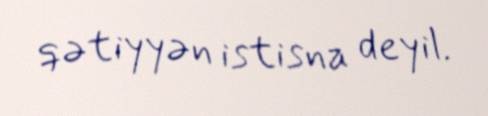
qətiyyən istisna deyil.